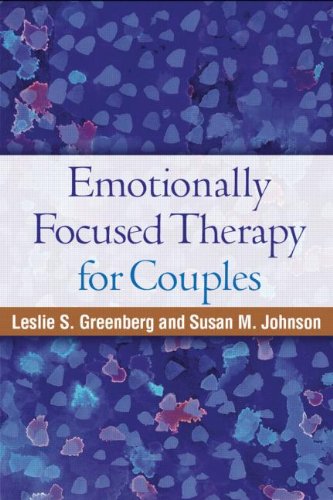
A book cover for Emotionally Focused Therapy for Couples; Leslie S. Greenberg PhD; Christian Books & Bibles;